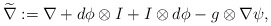
\begin{align*}\widetilde \nabla:=\nabla+d\phi\otimes I+I\otimes d\phi-g\otimes \nabla \psi,\end{align*}